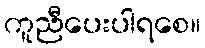
ကူညီပေးပါရစေ။